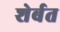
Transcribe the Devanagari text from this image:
शेर्बत